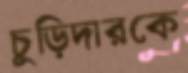
চুড়িদারকে